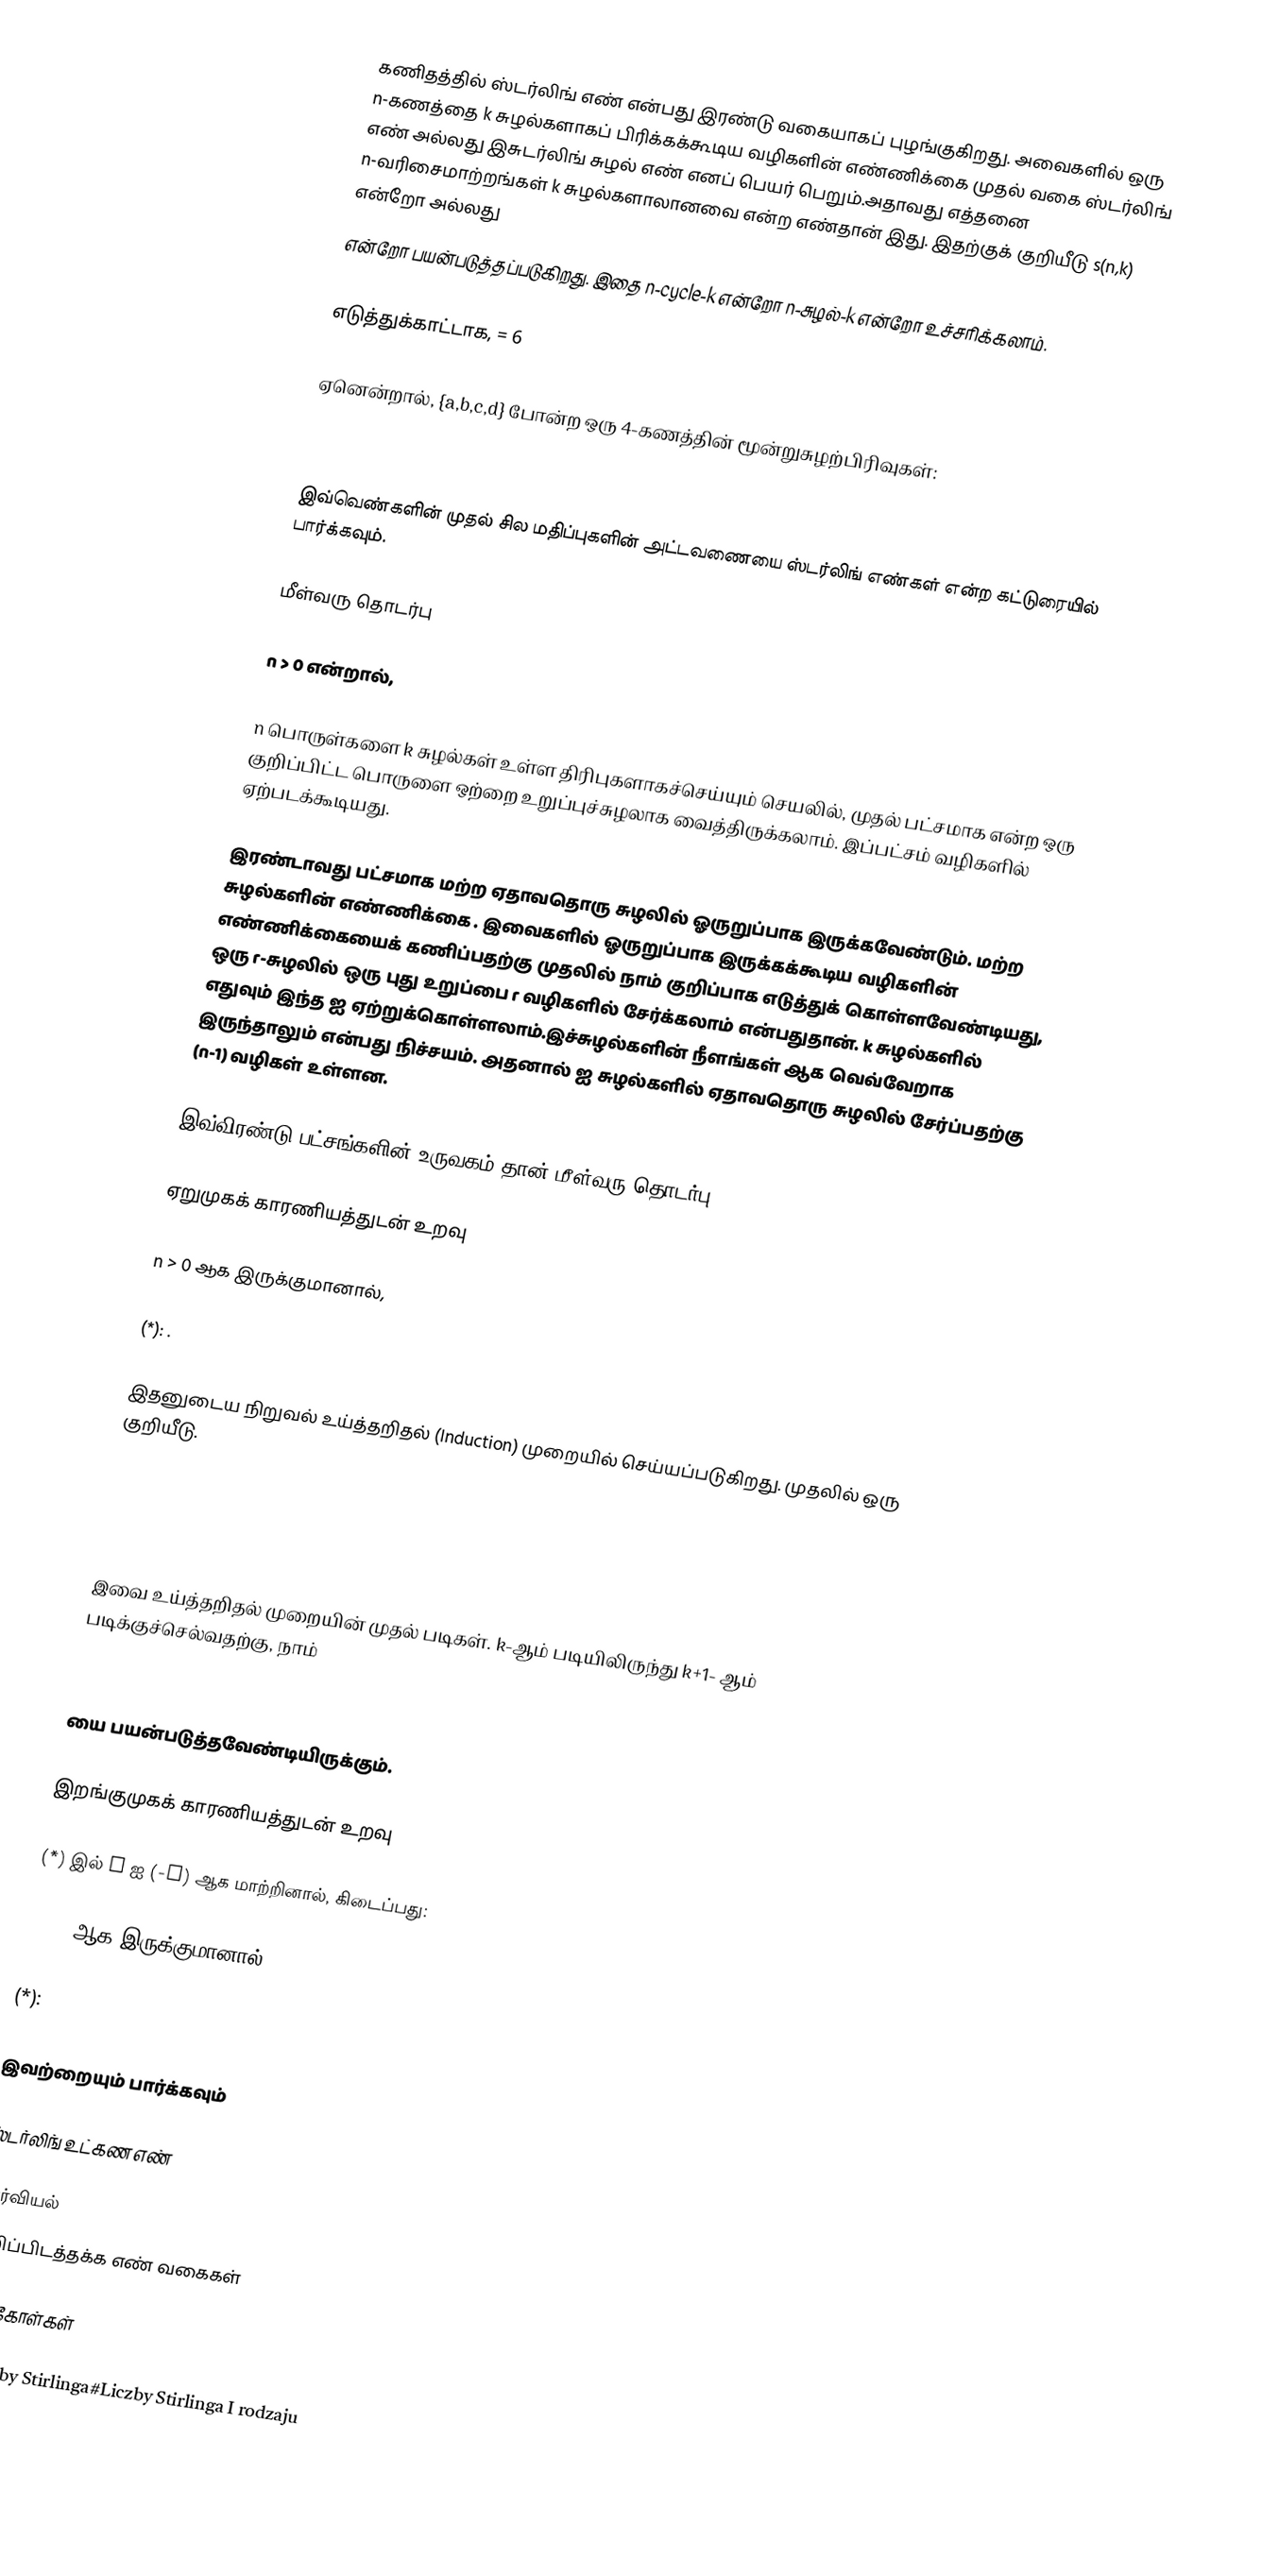
கணிதத்தில் ஸ்டர்லிங் எண் என்பது இரண்டு வகையாகப் புழங்குகிறது. அவைகளில் ஒரு n-கணத்தை k சுழல்களாகப் பிரிக்கக்கூடிய  வழிகளின் எண்ணிக்கை  முதல் வகை ஸ்டர்லிங் எண் அல்லது இசுடர்லிங் சுழல் எண் எனப் பெயர் பெறும்.அதாவது எத்தனை n-வரிசைமாற்றங்கள் k சுழல்களாலானவை என்ற எண்தான் இது. இதற்குக் குறியீடு  s(n,k) என்றோ அல்லது
 என்றோ பயன்படுத்தப்படுகிறது. இதை  n-cycle-k என்றோ n-சுழல்-k என்றோ உச்சரிக்கலாம்.

எடுத்துக்காட்டாக,  = 6

ஏனென்றால், {a,b,c,d} போன்ற ஒரு 4-கணத்தின் மூன்றுசுழற்பிரிவுகள்:

  a/b/cd;  a/c/bd;  a/d/bc;  b/c/ad;  b/d/ac;  c/d/ab

இவ்வெண்களின் முதல் சில மதிப்புகளின் அட்டவணையை ஸ்டர்லிங் எண்கள் என்ற கட்டுரையில் பார்க்கவும்.

மீள்வரு தொடர்பு

n > 0 என்றால்,

n பொருள்களை    k சுழல்கள் உள்ள திரிபுகளாகச்செய்யும் செயலில், முதல் பட்சமாக     என்ற ஒரு குறிப்பிட்ட பொருளை  ஒற்றை உறுப்புச்சுழலாக வைத்திருக்கலாம். இப்பட்சம்   வழிகளில்  ஏற்படக்கூடியது.

இரண்டாவது பட்சமாக  மற்ற ஏதாவதொரு சுழலில் ஓருறுப்பாக இருக்கவேண்டும்.  மற்ற சுழல்களின் எண்ணிக்கை . இவைகளில்  ஓருறுப்பாக இருக்கக்கூடிய வழிகளின் எண்ணிக்கையைக் கணிப்பதற்கு முதலில் நாம் குறிப்பாக எடுத்துக் கொள்ளவேண்டியது, ஒரு r-சுழலில் ஒரு புது உறுப்பை r வழிகளில் சேர்க்கலாம் என்பதுதான். k சுழல்களில் எதுவும் இந்த  ஐ ஏற்றுக்கொள்ளலாம்.இச்சுழல்களின் நீளங்கள்   ஆக வெவ்வேறாக இருந்தாலும்  என்பது நிச்சயம். அதனால்  ஐ   சுழல்களில் ஏதாவதொரு சுழலில் சேர்ப்பதற்கு  (n-1) வழிகள் உள்ளன.

இவ்விரண்டு பட்சங்களின் உருவகம் தான் மீள்வரு தொடர்பு  (Recurrence Relation)

ஏறுமுகக் காரணியத்துடன் உறவு

n > 0 ஆக இருக்குமானால்,

 (*): .

இதனுடைய நிறுவல் உய்த்தறிதல்  (Induction) முறையில் செய்யப்படுகிறது. முதலில் ஒரு குறியீடு.

இவை உய்த்தறிதல் முறையின் முதல் படிகள்.  k-ஆம் படியிலிருந்து      k+1- ஆம் படிக்குச்செல்வதற்கு, நாம்

யை பயன்படுத்தவேண்டியிருக்கும்.

இறங்குமுகக் காரணியத்துடன் உறவு

(*) இல் x ஐ  (-x) ஆக மாற்றினால், கிடைப்பது:

n > 0 ஆக இருக்குமானால்,

 (*):

இவற்றையும் பார்க்கவும்

ஸ்டர்லிங் உட்கண எண்

சேர்வியல்
குறிப்பிடத்தக்க எண் வகைகள்

மேற்கோள்கள்

pl:Liczby Stirlinga#Liczby Stirlinga I rodzaju